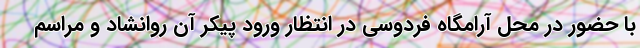
با حضور در محل آرامگاه فردوسی در انتظار ورود پیکر آن روانشاد و مراسم